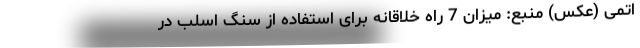
اتمی (عکس) منبع: میزان 7 راه خلاقانه برای استفاده از سنگ اسلب در